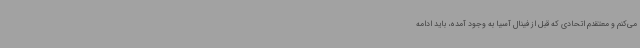
می‌کنم و معتقدم اتحادی که قبل از فینال آسیا به وجود آمده، باید ادامه